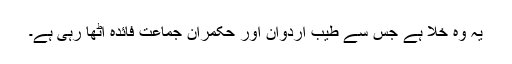
یہ وہ خلا ہے جس سے طیب اردوان اور حکمران جماعت فائدہ اٹھا رہی ہے۔